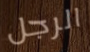
الرجل